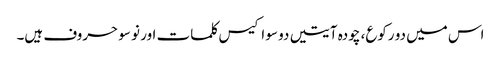
اس میں دو رکوع، چودہ آیتیں دو سو اکیس کلمات اور نو سو حروف ہیں۔